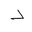
Letter: _dal